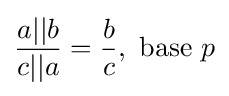
{\frac {a||b}{c||a}}={\frac {b}{c}},\ {\rm {base}}\ p